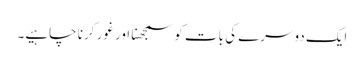
ایک دوسرے کی بات کو سمجھنا اور غور کرنا چاہیے۔